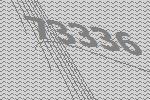
73336